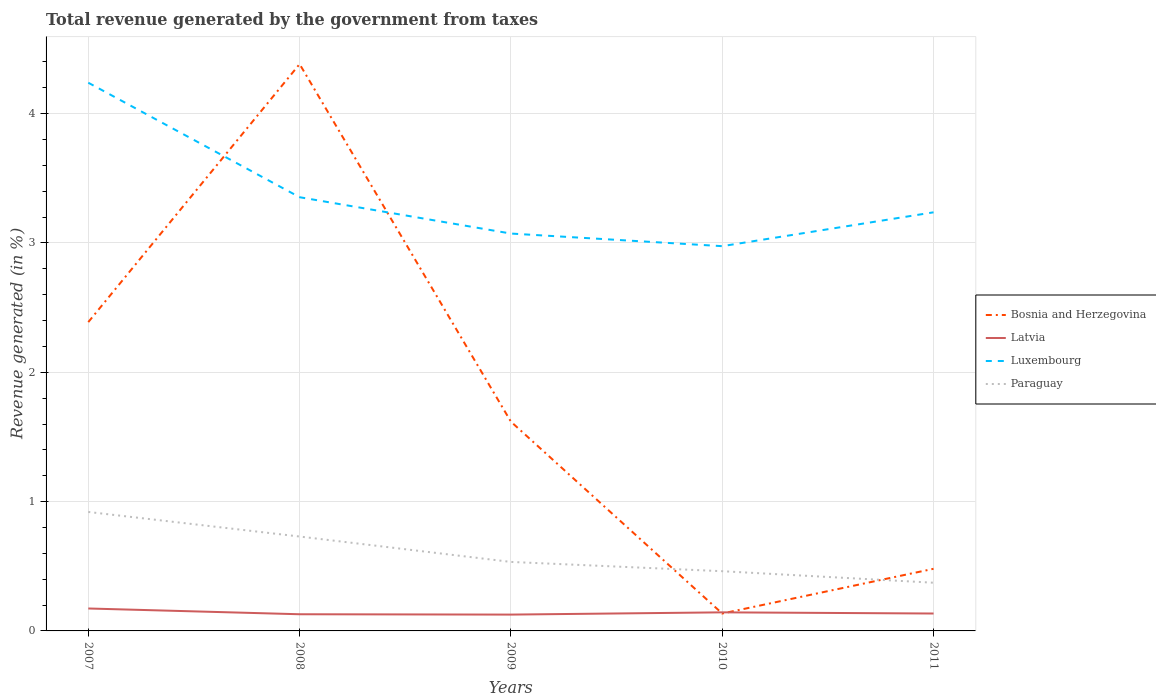
| Years | Bosnia and Herzegovina | Latvia | Luxembourg | Paraguay |
 | --- | --- | --- | --- | --- |
 | 2007 | 2.39 | 0.173 | 4.24 | 0.92 |
 | 2008 | 4.38 | 0.129 | 3.35 | 0.73 |
 | 2009 | 1.62 | 0.126 | 3.07 | 0.534 |
 | 2010 | 0.135 | 0.144 | 2.98 | 0.462 |
 | 2011 | 0.48 | 0.135 | 3.24 | 0.373 |